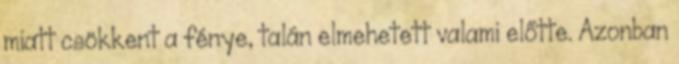
miatt csökkent a fénye, talán elmehetett valami előtte. Azonban